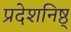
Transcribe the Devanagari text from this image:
प्रदेशनिष्ठ्